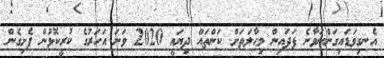
އެނގިވަޑައިގަންނަވާނެ ފަދައިން މިޙާލަތަށް ކަންތައް ދިޔައީ 2020 ވަނަ އަހަރުގެ ކުރީކޮޅުން ފެށިގެން